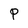
Character: P